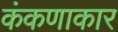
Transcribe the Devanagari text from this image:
कंकणाकार